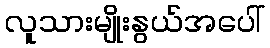
လူသားမျိုးနွယ်အပေါ်